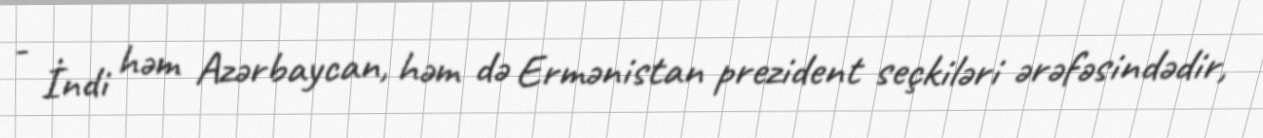
- İndi həm Azərbaycan, həm də Ermənistan prezident seçkiləri ərəfəsindədir,